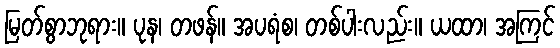
မြတ်စွာဘုရား။ ပုန၊ တဖန်။ အပရံစ၊ တစ်ပါးလည်း။ ယထာ၊ အကြင်